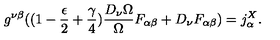
g ^ { \nu \beta } ( ( 1 - \frac { \epsilon } { 2 } + \frac { \gamma } { 4 } ) \frac { D _ { \nu } \Omega } { \Omega } F _ { \alpha \beta } + D _ { \nu } F _ { \alpha \beta } ) = j _ { \alpha } ^ { X } .